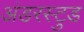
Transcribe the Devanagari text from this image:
अंडरस्टुड